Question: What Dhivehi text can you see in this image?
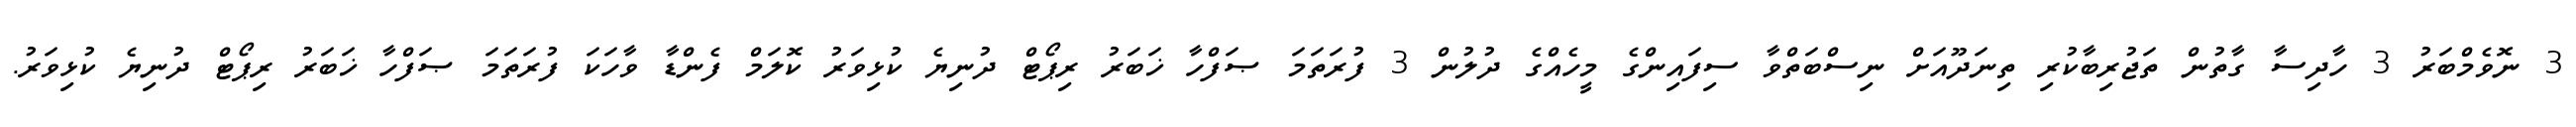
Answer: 3 ނޮވެމްބަރު 3 ހާދިސާ ގާތުން ތަޖުރިބާކުރި ތިނަދޫއަށް ނިސްބަތްވާ ސިފައިންގެ މީހެއްގެ ދުލުން 3 ފުރަތަމަ ޞަފްހާ ޚަބަރު ރިޕޯޓް ދުނިޔެ ކުޅިވަރު ކޮލަމް ފެންޑާ ވާހަކަ ފުރަތަމަ ޞަފްހާ ޚަބަރު ރިޕޯޓް ދުނިޔެ ކުޅިވަރު.